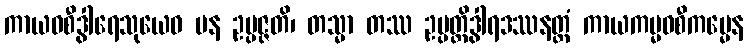
ကာယဝစီဒွါရေသုယေဝ ပန ဥပ္ပဇ္ဇတိ၊ တသ္မာ တဿ ဥပ္ပတ္တိဒွါရဒဿနတ္ထံ ကာယကမ္မဝစီကမ္မေန